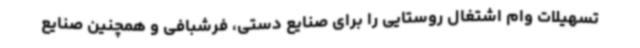
تسهیلات وام اشتغال روستایی را برای صنایع دستی، فرشبافی و همچنین صنایع